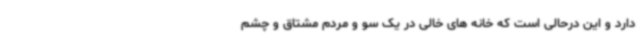
دارد و این درحالی است که خانه های خالی در یک سو و مردم مشتاق و چشم